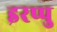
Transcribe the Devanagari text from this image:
इरप्पु